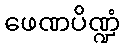
ဖေဏပိဏ္ဍံ